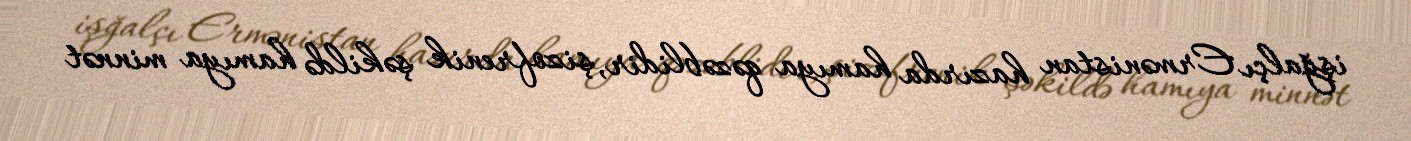
işğalçı Ermənistan hazırda hamıya qəzəblidir, şizofrenik şəkildə hamıya minnət